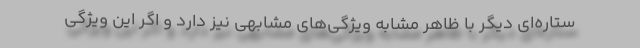
ستاره‌ای دیگر با ظاهر مشابه ویژگی‌های مشابهی نیز دارد و اگر این ویژگی